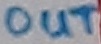
Text: OUT